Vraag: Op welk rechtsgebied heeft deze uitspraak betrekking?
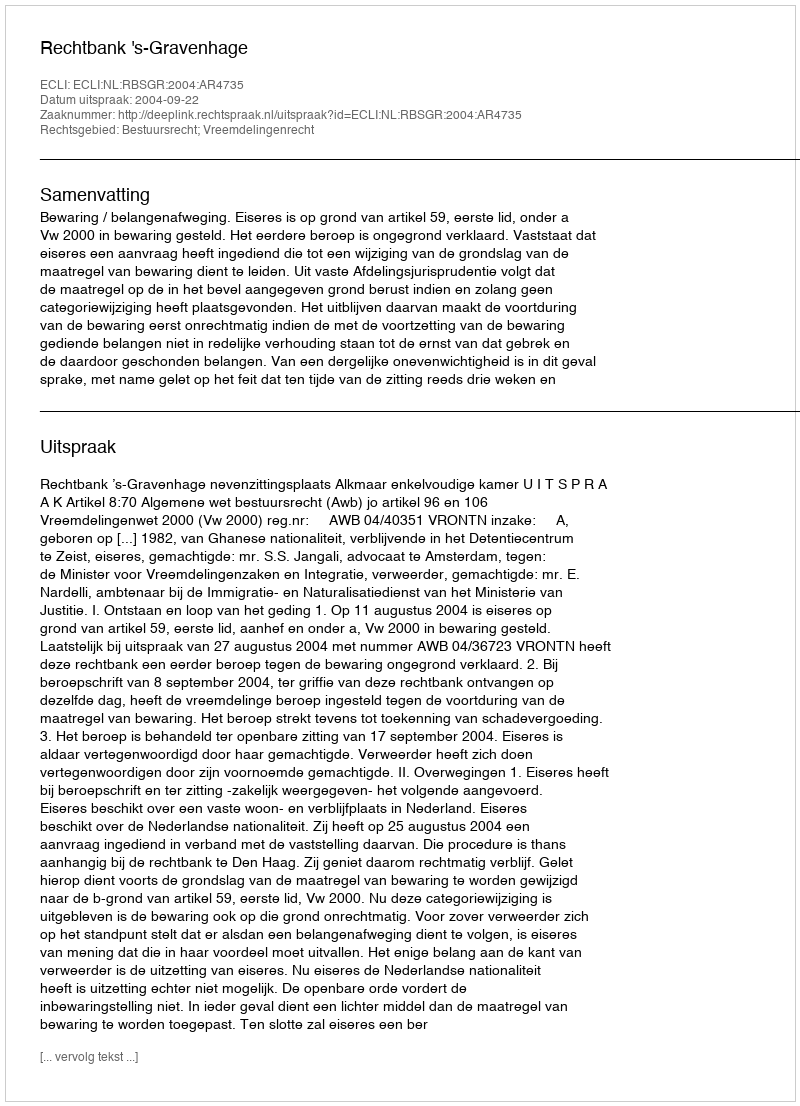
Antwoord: Bestuursrecht; Vreemdelingenrecht